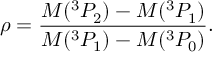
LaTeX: \rho = \frac { M ( ^ { 3 } P _ { 2 } ) - M ( ^ { 3 } P _ { 1 } ) } { M ( ^ { 3 } P _ { 1 } ) - M ( ^ { 3 } P _ { 0 } ) } .